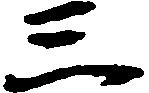
三